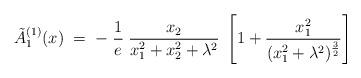
LaTeX: \begin{align*}\tilde{A}^{(1)}_1(x) \; = \;- \; \frac{1}{e} \; \frac{x_2}{x_1^2 + x_2^2 + \lambda^2} \;\left[ 1 + \frac{x_1^2}{(x_1^2+\lambda^2)^{\frac{3}{2}}} \right]\end{align*}